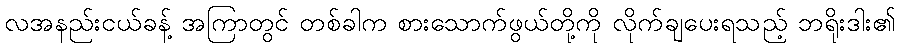
လအနည်းငယ်ခန့် အကြာတွင် တစ်ခါက စားသောက်ဖွယ်တို့ကို လိုက်ချပေးရသည့် ဘရိုးဒါး၏